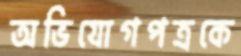
অভিযোগপত্রকে